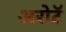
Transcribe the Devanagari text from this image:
अरोटॅ